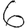
Digit: 6